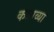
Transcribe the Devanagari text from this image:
कत्र्तव्या